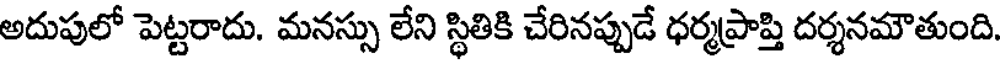
అదుపులో పెట్టరాదు. మనస్సు లేని స్థితికి చేరినప్పుడే ధర్మప్రాప్తి దర్శనమౌతుంది.